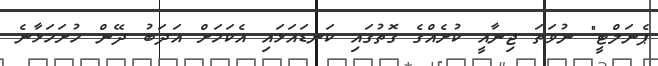
ޕެނަލްޓީ" ނުވަތަ ޖިނާއީ ކުށެއްގެ ގޮތުގައި ކަނޑައަޅައި އެކަމަށް އަދަބު ދޭން ހުށަހަޅާނެ